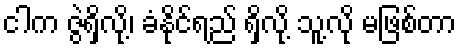
ငါက ဇွဲရှိလို့၊ ခံနိုင်ရည် ရှိလို့ သူ့လို မဖြစ်တာ